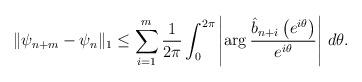
LaTeX: \begin{align*} \|\psi_{n+m} - \psi_n\|_1 \leq \sum_{i=1}^m\frac{1}{2\pi}\int_0^{2\pi}\left|\arg\frac{\hat{b}_{n+i}\left(e^{i\theta}\right)}{e^{i\theta}}\right|\,d\theta.\end{align*}